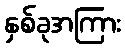
နှစ်ခုအကြား